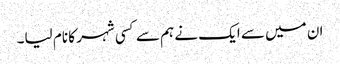
ان میں سے ایک نے ہم سے کسی شہر کا نام لیا۔